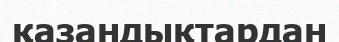
қазандықтардан